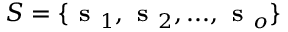
S = \{ \textbf { s } _ { 1 } , \textbf { s } _ { 2 } , . . . , \textbf { s } _ { o } \}